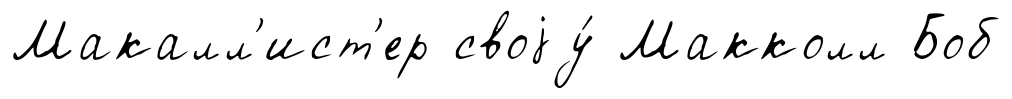
Макалл'ист'ер своjу́ Макколл Боб